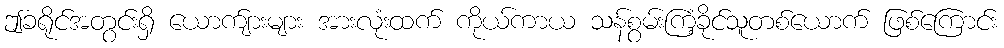
ဤခရိုင်အတွင်းရှိ ယောက်ျားများ အားလုံးထက် ကိုယ်ကာယ သန်စွမ်းကြံ့ခိုင်သူတစ်ယောက် ဖြစ်ကြောင်း